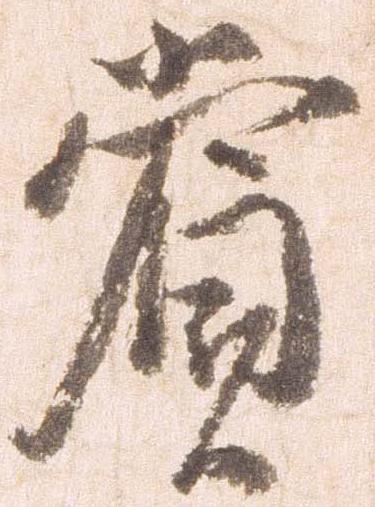
賞